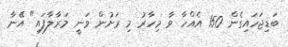
ބަޑިޖަހައިގެން 150 އެއްހާ ވާ މިހާރު މި ރަށުން ވަނީ މަރާލާފައި" އޭނާ